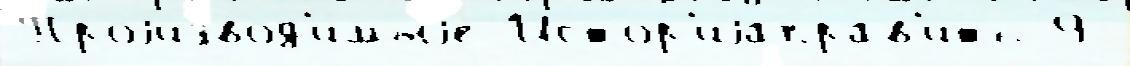
Проjизвод'и́мыjе Истор'иjаправ'ить 9